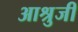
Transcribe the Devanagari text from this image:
आश्रुजी